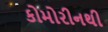
કોમોરીનથી